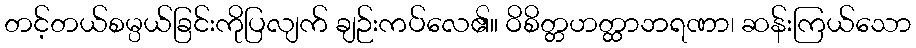
တင့်တယ်စမ္ပယ်ခြင်းကိုပြလျက် ချဉ်းကပ်လေ၏။ ဝိစိတ္တဟတ္ထာဘရဏာ၊ ဆန်းကြယ်သော